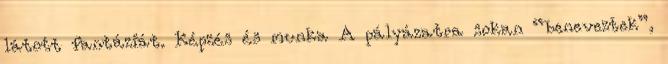
látott fantáziát. Képzés és munka A pályázatra sokan “beneveztek”,